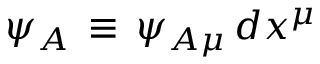
\psi _ { A } \, \equiv \, \psi _ { A \mu } \, d x ^ { \mu }